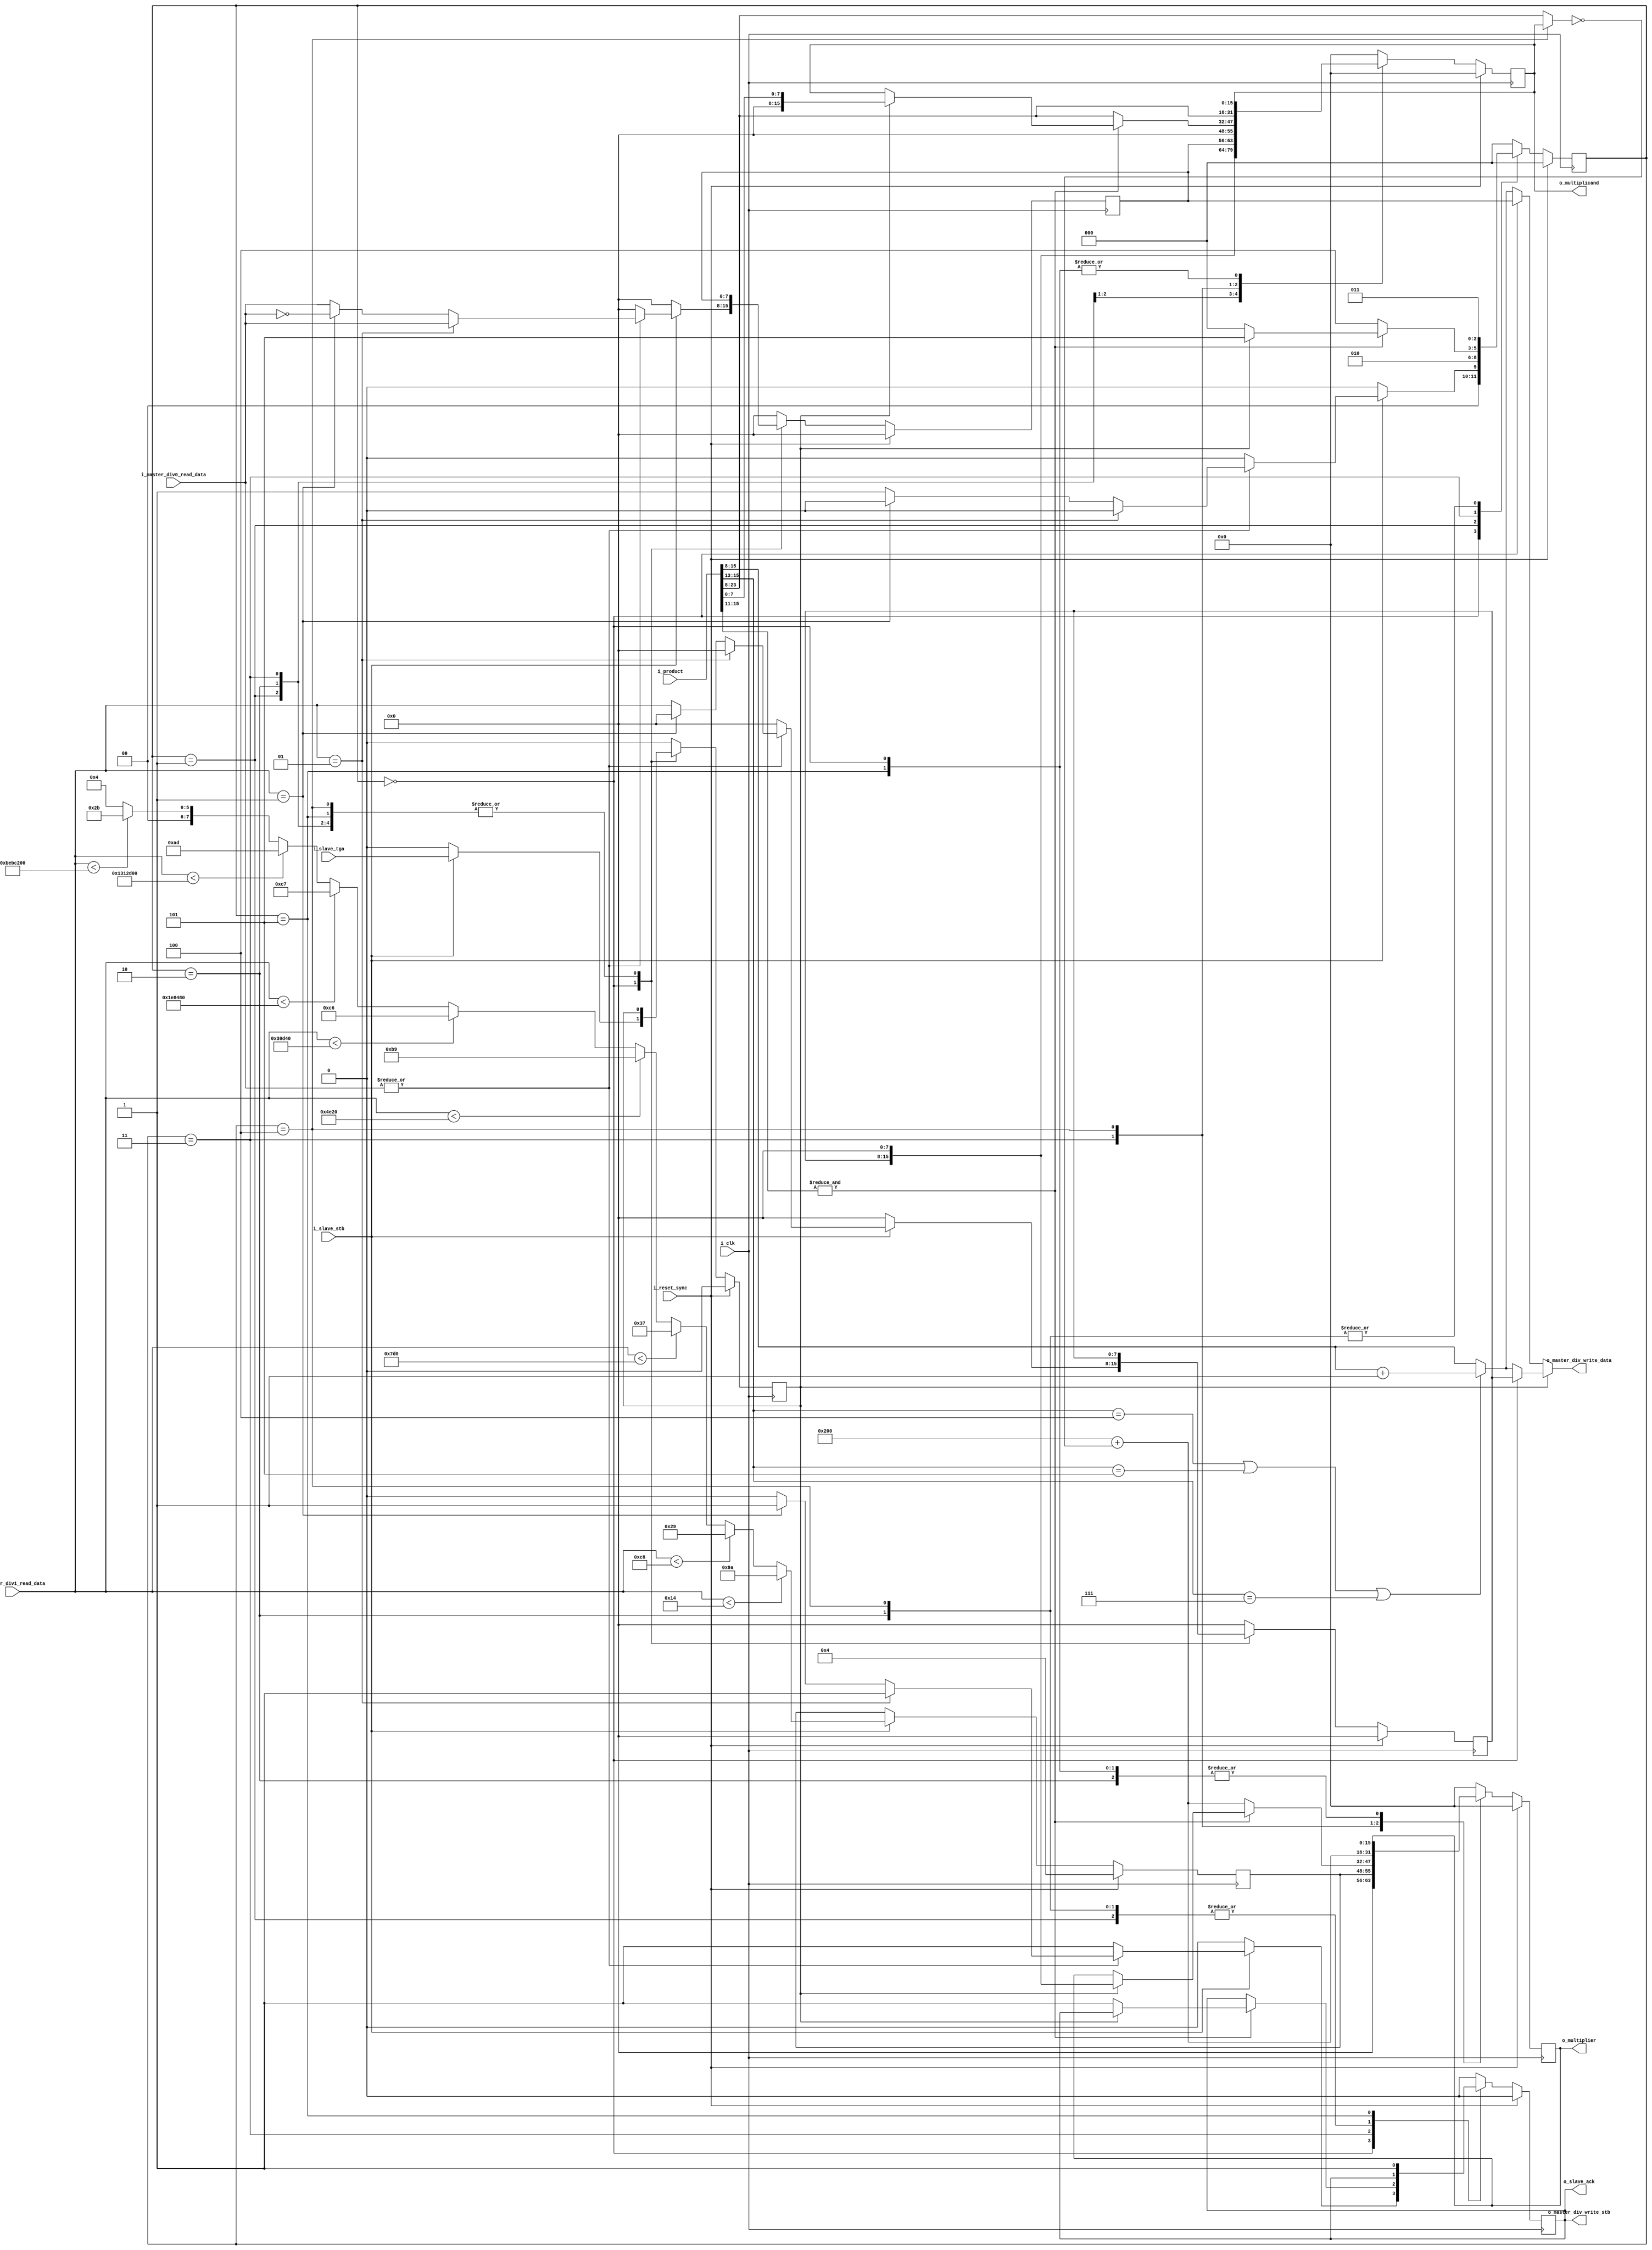
/////////////////////////////////////////////////////////////////////////////////
// BSD 3-Clause License
// 
// Copyright (c) 2020, Jose R. Garcia
// All rights reserved.
// 
// Redistribution and use in source and binary forms, with or without
// modification, are permitted provided that the following conditions are met:
// 
// 1. Redistributions of source code must retain the above copyright notice, this
//    list of conditions and the following disclaimer.
// 
// 2. Redistributions in binary form must reproduce the above copyright notice,
//    this list of conditions and the following disclaimer in the documentation
//    and/or other materials provided with the distribution.
// 
// 3. Neither the name of the copyright holder nor the names of its
//    contributors may be used to endorse or promote products derived from
//    this software without specific prior written permission.
// 
// THIS SOFTWARE IS PROVIDED BY THE COPYRIGHT HOLDERS AND CONTRIBUTORS "AS IS"
// AND ANY EXPRESS OR IMPLIED WARRANTIES, INCLUDING, BUT NOT LIMITED TO, THE
// IMPLIED WARRANTIES OF MERCHANTABILITY AND FITNESS FOR A PARTICULAR PURPOSE ARE
// DISCLAIMED. IN NO EVENT SHALL THE COPYRIGHT HOLDER OR CONTRIBUTORS BE LIABLE
// FOR ANY DIRECT, INDIRECT, INCIDENTAL, SPECIAL, EXEMPLARY, OR CONSEQUENTIAL
// DAMAGES (INCLUDING, BUT NOT LIMITED TO, PROCUREMENT OF SUBSTITUTE GOODS OR
// SERVICES; LOSS OF USE, DATA, OR PROFITS; OR BUSINESS INTERRUPTION) HOWEVER
// CAUSED AND ON ANY THEORY OF LIABILITY, WHETHER IN CONTRACT, STRICT LIABILITY,
// OR TORT (INCLUDING NEGLIGENCE OR OTHERWISE) ARISING IN ANY WAY OUT OF THE USE
// OF THIS SOFTWARE, EVEN IF ADVISED OF THE POSSIBILITY OF SUCH DAMAGE.
//
/////////////////////////////////////////////////////////////////////////////////
// Project Name  : ORCs
// Module Name   : Goldschmidt_Convergence_Division
// Description   : The Goldschmidt Convergence Division is an iterative method
//                 to approximate the division result. This implementation
//                 targets integer numbers. It is specifically designed to work
//                 with the ORC_R32IM* processors.
//
// Additional Comments:
//   This code implementation is based on the description of the Goldschmidt
//   Convergence Dividers found on a publication of 2006; Synthesis of Arithmetic
//   Circuits, FPGA, ASIC and Embedded Systems by Jean-Pierre Deschamp,
//   Gery Jean Antoine Bioul and Gustavo D. Sutter. This divider computes:
//                 d(i) = d[i-1].(2-d[i-1])
//                          and
//                 D(i) = D[i-1].(2-d[i-1])
//   were 'd' is the divisor; 'D' is the dividend; 'i' is the step.
//
//  The remainder calculation requires an extra which is why the address tag is
//  used to make the decision on whether do the calculation or skip it.
/////////////////////////////////////////////////////////////////////////////////
module Goldschmidt_Convergence_Division #(
  parameter integer P_GCD_FACTORS_MSB    = 7,
  parameter integer P_GCD_ACCURACY       = 1,
  parameter integer P_GCD_MEM_ADDR_MSB   = 0
)(
  input i_clk,
  input i_reset_sync,
  // WB Interface
  input  i_slave_stb,  // valid
  input  i_slave_tga,  // 0=div, 1=rem
  output o_slave_ack,  // ready
  // GDC mem0 WB(pipeline) master Read Interface
  input  [P_GCD_FACTORS_MSB:0]  i_master_div0_read_data, // WB data
  // GDC mem1 WB(pipeline) master Read Interface
  input  [P_GCD_FACTORS_MSB:0]  i_master_div1_read_data, // WB data
  // GDC mem WB(pipeline) master Write Interface
  output                        o_master_div_write_stb,  // WB write enable
  output [P_GCD_FACTORS_MSB:0]  o_master_div_write_data, // WB data
  // Multiplier interface
  output [((P_GCD_FACTORS_MSB+1)*2)-1:0] o_multiplicand,
  output [((P_GCD_FACTORS_MSB+1)*2)-1:0] o_multiplier,
  input  [((P_GCD_FACTORS_MSB+1)*4)-1:0] i_product
);

  ///////////////////////////////////////////////////////////////////////////////
  // Internal Parameter Declarations
  ///////////////////////////////////////////////////////////////////////////////
  // Misc.
  localparam [P_GCD_FACTORS_MSB:0] L_GCD_NUMBER_TWO       = 2;
  localparam [P_GCD_FACTORS_MSB:0] L_GCD_ZERO_FILLER      = 0;
  localparam                       L_GCD_ACCURACY_BITS    = P_GCD_ACCURACY*4;
  localparam                       L_GCD_MUL_FACTORS_MSB  = ((P_GCD_FACTORS_MSB+1)*2)-1;
  localparam                       L_GCD_STEP_PRODUCT_MSB = (L_GCD_MUL_FACTORS_MSB+1)+P_GCD_FACTORS_MSB;
  localparam                       L_GCD_FACTORS_NIBBLES  = (P_GCD_FACTORS_MSB+1)/4;
  // Program Counter FSM States
  localparam [2:0] S_IDLE                 = 3'h0; // Waits for valid factors.
  localparam [2:0] S_SHIFT_DIVISOR_POINT  = 3'h1; // multiply the divisor by minus powers of ten to shift the decimal point.
  localparam [2:0] S_SHIFT_DIVIDEND_POINT = 3'h2; // multiply the dividend by minus powers of ten to shift the decimal point.
  localparam [2:0] S_HALF_STEP_ONE        = 3'h3; // D[i] * (2-d[i]); were i is the iteration.
  localparam [2:0] S_HALF_STEP_TWO        = 3'h4; // d[i] * (2-d[i]); were i is the iteration.
  localparam [2:0] S_REMAINDER_TO_NATURAL = 3'h5; // Convert remainder from decimal fraction to a natural number.
  // Divider LUT values
  localparam [P_GCD_FACTORS_MSB:0] L_REG_E10 = 429496730; // X.1
  localparam [P_GCD_FACTORS_MSB:0] L_REG_E100 = 42949673; // X.01
  localparam [P_GCD_FACTORS_MSB:0] L_REG_E1000 = 4294967; // X.001
  localparam [P_GCD_FACTORS_MSB:0] L_REG_E10000 = 429497; // X.0001
  localparam [P_GCD_FACTORS_MSB:0] L_REG_E100000 = 42950; // X.00001
  localparam [P_GCD_FACTORS_MSB:0] L_REG_E1000000 = 4295; // X.000001
  localparam [P_GCD_FACTORS_MSB:0] L_REG_E10000000 = 429; // X.0000001
  localparam [P_GCD_FACTORS_MSB:0] L_REG_E100000000 = 43; // X.00000001
  localparam [P_GCD_FACTORS_MSB:0] L_REG_E1000000000 = 4; // X.000000001

  ///////////////////////////////////////////////////////////////////////////////
  // Internal Signals Declarations
  ///////////////////////////////////////////////////////////////////////////////
  // Offset Counter
  reg [P_GCD_FACTORS_MSB:0] r_lut_value;
  // Divider Accumulator signals
  reg  [2:0]                     r_divider_state;
  reg                            r_calculate_remainder;
  wire [L_GCD_MUL_FACTORS_MSB:0] w_number_two_extended = {L_GCD_NUMBER_TWO,L_GCD_ZERO_FILLER};
  wire                           w_dividend_not_zero   = |i_master_div0_read_data;
  wire                           w_divisor_not_zero    = |i_master_div1_read_data;
  reg  [P_GCD_FACTORS_MSB:0]     r_dividend;
  reg  [P_GCD_FACTORS_MSB:0]     r_divisor;
  reg  [L_GCD_MUL_FACTORS_MSB:0] r_multiplicand;
  reg  [L_GCD_MUL_FACTORS_MSB:0] r_multiplier;
  wire [L_GCD_MUL_FACTORS_MSB:0] w_current_divisor     = r_divider_state==S_HALF_STEP_TWO ? r_multiplicand : i_product[L_GCD_STEP_PRODUCT_MSB:P_GCD_FACTORS_MSB+1];
  wire [L_GCD_MUL_FACTORS_MSB:0] w_two_minus_divisor   = (w_number_two_extended + ~w_current_divisor);
  wire                           w_converged           = &i_product[L_GCD_MUL_FACTORS_MSB:L_GCD_MUL_FACTORS_MSB-L_GCD_ACCURACY_BITS];
  // MEMx Result Registers Write Signals
  reg                         r_div_write_stb;
  wire [P_GCD_FACTORS_MSB:0]  w_quotient  = r_divider_state==S_IDLE ? r_dividend : 
                                            i_product[L_GCD_MUL_FACTORS_MSB:L_GCD_MUL_FACTORS_MSB-2]==3'b100 |
                                            i_product[L_GCD_MUL_FACTORS_MSB:L_GCD_MUL_FACTORS_MSB-2]==3'b101 | 
                                            i_product[L_GCD_MUL_FACTORS_MSB:L_GCD_MUL_FACTORS_MSB-2]==3'b111 ? i_product[L_GCD_MUL_FACTORS_MSB:P_GCD_FACTORS_MSB+1] + 1 :
                                              i_product[L_GCD_MUL_FACTORS_MSB:P_GCD_FACTORS_MSB+1];
  wire [P_GCD_FACTORS_MSB:0]  w_remainder = r_divider_state==S_IDLE ? r_divisor :
                                            i_product[L_GCD_MUL_FACTORS_MSB:L_GCD_MUL_FACTORS_MSB-2]==3'b100 |
                                            i_product[L_GCD_MUL_FACTORS_MSB:L_GCD_MUL_FACTORS_MSB-2]==3'b101 | 
                                            i_product[L_GCD_MUL_FACTORS_MSB:L_GCD_MUL_FACTORS_MSB-2]==3'b111 ? i_product[L_GCD_MUL_FACTORS_MSB:P_GCD_FACTORS_MSB+1] + 1 :
                                              i_product[L_GCD_MUL_FACTORS_MSB:P_GCD_FACTORS_MSB+1];
  wire [P_GCD_FACTORS_MSB:0]  w_result    = r_calculate_remainder==1'b1 ? w_remainder : w_quotient;

  ///////////////////////////////////////////////////////////////////////////////
  //            ********      Architecture Declaration      ********           //
  ///////////////////////////////////////////////////////////////////////////////

  ///////////////////////////////////////////////////////////////////////////////
  // Process     : Offset Counter
  // Description : Count until the hot bit is detected to determine which value
  //               from the lookup table to get.
  ///////////////////////////////////////////////////////////////////////////////
  always @(posedge i_clk) begin
    if (i_reset_sync == 1'b1) begin
      r_lut_value <= L_REG_E1000000000;
    end
    else if (i_slave_stb == 1'b1) begin
      //
      if (i_master_div1_read_data < 20) begin
        //
        r_lut_value <= L_REG_E10;
      end
      else if (i_master_div1_read_data < 200) begin
        //
        r_lut_value <= L_REG_E100;
      end
      else if (i_master_div1_read_data < 2000) begin
        //
        r_lut_value <= L_REG_E1000;
      end
      else if (i_master_div1_read_data < 20000) begin
        //
        r_lut_value <= L_REG_E10000;
      end
      else if (i_master_div1_read_data < 200000) begin
        //
        r_lut_value <= L_REG_E100000;
      end
      else if (i_master_div1_read_data < 2000000) begin
        //
        r_lut_value <= L_REG_E1000000;
      end
      else if (i_master_div1_read_data < 20000000) begin
        //
        r_lut_value <= L_REG_E10000000;
      end
      else if (i_master_div1_read_data < 200000000) begin
        //
        r_lut_value <= L_REG_E100000000;
      end
      else begin
        //
        r_lut_value <= L_REG_E1000000000;
      end
    end
  end

  ///////////////////////////////////////////////////////////////////////////////
  // Process     : Divider Accumulator
  // Description : 
  ///////////////////////////////////////////////////////////////////////////////
  always @(posedge i_clk) begin
    if (i_reset_sync == 1'b1) begin
      r_divider_state       <= S_IDLE;
      r_div_write_stb       <= 1'b0;
      r_divisor             <= 0;
      r_dividend            <= 0;
      r_multiplicand        <= 0;
      r_multiplier          <= 0;
      r_calculate_remainder <= 1'b0;
    end
    else begin
      casez (r_divider_state)
        S_IDLE : begin
          if (i_slave_stb == 1'b1) begin
            if (w_divisor_not_zero == 1'b0) begin
              // If either is zero return zero
              r_div_write_stb <= 1'b1;
              r_divisor       <= i_master_div0_read_data;
              r_dividend      <= -1;
              r_divider_state <= S_IDLE;
            end
            if (w_dividend_not_zero == 1'b0) begin
              // If either is zero return zero
              r_div_write_stb   <= 1'b1;
              r_divisor         <= L_GCD_ZERO_FILLER;
              r_dividend        <= L_GCD_ZERO_FILLER;
              r_divider_state   <= S_IDLE;
            end
            else if ($signed(i_master_div1_read_data) == 1) begin
              // if denominator is 1 return numerator
              r_div_write_stb <= 1'b1;
              r_divisor       <= L_GCD_ZERO_FILLER;
              r_dividend      <= i_master_div0_read_data;
              r_divider_state <= S_IDLE;
            end
            else if ($signed(i_master_div1_read_data) == -1) begin
              // if denominator is -1 return -1*numerator
              r_div_write_stb <= 1'b1;
              r_divisor       <= L_GCD_ZERO_FILLER;
              r_dividend      <= ~i_master_div0_read_data;
              r_divider_state <= S_IDLE;
            end
            else begin
              // Shift the decimal point in the divisor.
              r_div_write_stb <= 1'b0;
              r_dividend      <= i_master_div0_read_data;
              r_divisor       <= i_master_div1_read_data;
              // Transition shifting the decimal point.
              r_divider_state <= S_SHIFT_DIVISOR_POINT;
            end
            r_calculate_remainder <= i_slave_tga;
          end
          else begin
            //
            r_div_write_stb       <= 1'b0;
            r_divisor             <= 0;
            r_dividend            <= 0;
            r_calculate_remainder <= 1'b0;
            r_divider_state       <= S_IDLE;
          end
        end
        S_SHIFT_DIVISOR_POINT : begin
          // 
          r_multiplicand  <= {r_divisor, L_GCD_ZERO_FILLER};
          r_multiplier    <= {L_GCD_ZERO_FILLER, r_lut_value};
          r_divider_state <= S_SHIFT_DIVIDEND_POINT;
        end
        S_SHIFT_DIVIDEND_POINT : begin
          // 
          r_multiplicand  <= {r_dividend, L_GCD_ZERO_FILLER};
          r_multiplier    <= r_multiplier;
          r_divider_state <= S_HALF_STEP_ONE;
        end
        S_HALF_STEP_ONE : begin
          //          
          if (w_converged == 1'b1) begin
            // When the divisor converges to 1.0 (actually 0.999...).
            if (r_calculate_remainder == 1'b1) begin
              r_multiplicand  <= {L_GCD_ZERO_FILLER, i_product[P_GCD_FACTORS_MSB:0]};
              r_multiplier    <= {r_divisor, L_GCD_ZERO_FILLER};
              r_divider_state <= S_REMAINDER_TO_NATURAL;
            end
            else begin
              r_div_write_stb <= 1'b1;
              r_divider_state <= S_IDLE;
            end
          end
          else begin
            // Increase count and start another division whole step.
            r_multiplicand  <= i_product[L_GCD_STEP_PRODUCT_MSB:P_GCD_FACTORS_MSB+1];
            r_multiplier    <= w_two_minus_divisor;
            r_divider_state <= S_HALF_STEP_TWO;
          end
        end
        S_HALF_STEP_TWO : begin
          // Second half of the division step
          r_multiplicand  <= i_product[L_GCD_STEP_PRODUCT_MSB:P_GCD_FACTORS_MSB+1];
          r_multiplier    <= w_two_minus_divisor;
          r_divider_state <= S_HALF_STEP_ONE;
        end
        S_REMAINDER_TO_NATURAL : begin
          r_div_write_stb <= 1'b1;
          r_divider_state <= S_IDLE;
        end
        default : begin
          r_div_write_stb       <= 1'b0;
          r_divisor             <= 0;
          r_dividend            <= 0;
          r_multiplicand        <= 0; 
          r_multiplier          <= 0;
          r_calculate_remainder <= 1'b0;
          r_divider_state       <= S_IDLE;
        end
      endcase
    end
  end
  // MEMx Result Registers Write Access
  assign o_master_div_write_stb  = r_div_write_stb;
  assign o_master_div_write_data = w_result;
  // Multiplication Processor Access
  assign o_multiplicand = r_multiplicand;
  assign o_multiplier   = r_multiplier;
  // WB Valid/Ready 
  assign o_slave_ack = r_div_write_stb;

endmodule // Goldschmidt_Convergence_Division